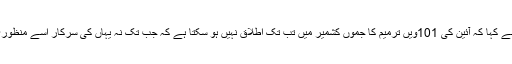
اُنہوں نے کہا کہ آئین کی 101ویں ترمیم کا جموں کشمیر میں تب تک اطلاق نہیں ہو سکتا ہے کہ جب تک نہ یہاں کی سرکار اسے منظوری دے۔